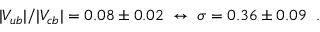
| V _ { u b } | / | V _ { c b } | = 0 . 0 8 \pm 0 . 0 2 \; \leftrightarrow \; \sigma = 0 . 3 6 \pm 0 . 0 9 \; \; .